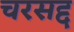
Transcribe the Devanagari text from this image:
चरसद्द